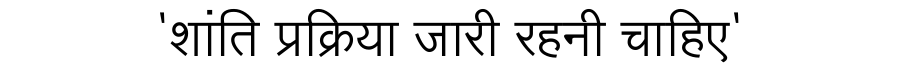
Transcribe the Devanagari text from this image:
'शांति प्रक्रिया जारी रहनी चाहिए'